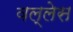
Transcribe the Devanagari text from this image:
वल्लेस